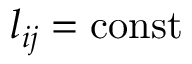
l _ { i j } = \mathrm { c o n s t }